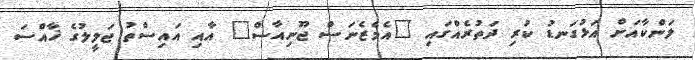
ލަންކާއަށް އަޅުގަނޑު ކުރި ދަތުރެއްގައި "އެމެޒެނަސް ޖޫނިއާސް" އާއި އައިސްތު ޖަލީލުގެ ޚާއްސަ